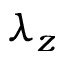
\lambda _ { z }